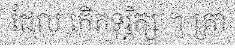
ដែល កើតទុរ្ភិក្ស ។ គ្រា